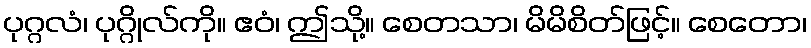
ပုဂ္ဂလံ၊ ပုဂ္ဂိုလ်ကို။ ဧဝံ၊ ဤသို့။ စေတသာ၊ မိမိစိတ်ဖြင့်။ စေတော၊